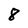
Character: 8